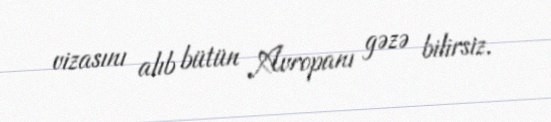
vizasını alıb bütün Avropanı gəzə bilirsiz.